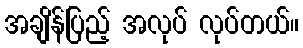
အချိန်ပြည့် အလုပ် လုပ်တယ်။